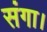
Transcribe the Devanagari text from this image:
संगा।